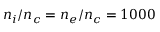
n _ { i } / n _ { c } = n _ { e } / n _ { c } = 1 0 0 0